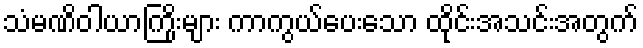
သံမဏိဝါယာကြိုးများ ကာကွယ်ပေးသော ထိုင်းအသင်းအတွက်